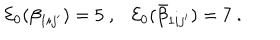
LaTeX: { \cal E } _ { 0 } ( \beta _ { 1 i j ^ { \prime } } ) = 5 ~ , { \cal E } _ { 0 } ( \bar { \beta } _ { 1 i j ^ { \prime } } ) = 7 ~ .